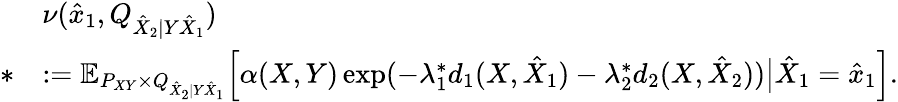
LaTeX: \begin{array}{rl}&{\nu(\hat{x}_{1},Q_{\hat{X}_{2}|Y\hat{X}_{1}})}\\ {*}&{:=\mathbb{E}_{P_{XY}\times Q_{\hat{X}_{2}|Y\hat{X}_{1}}}\Big[\alpha(X,Y)\exp(-\lambda_{1}^{*}d_{1}(X,\hat{X}_{1})-\lambda_{2}^{*}d_{2}(X,\hat{X}_{2}))\big|\hat{X}_{1}=\hat{x}_{1}\Big].}\end{array}